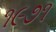
૧૯૭૧